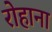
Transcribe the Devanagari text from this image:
रोहाना